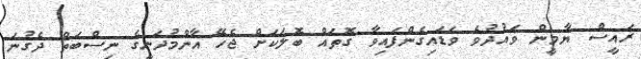
ރައީސް ޔާމީން ވައުދުވެ ވަޑައިގެންފައިވާ ގޮތައް ބޮލަކަށް ޖެހޭ އާންމުދަނީގެ ނިސްބަތް ދެގުނަ